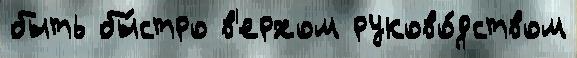
быть бы́стро в'ерхом руково́дством